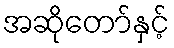
အဆိုတော်နှင့်